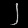
Digit: ၂